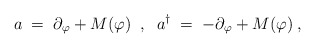
\begin{align*} a\;=\;\partial_\varphi + M(\varphi) \;\;,\;\; a^\dagger\;=\;-\partial_\varphi + M(\varphi) \;,\end{align*}